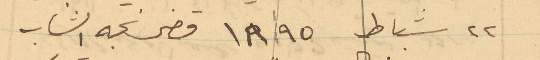
22 شباط 1895 قضى نحبه الشاب